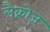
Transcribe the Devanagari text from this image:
लैक्रोज़